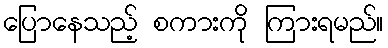
ပြောနေသည့် စကားကို ကြားရမည်။